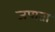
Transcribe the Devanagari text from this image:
जपाता